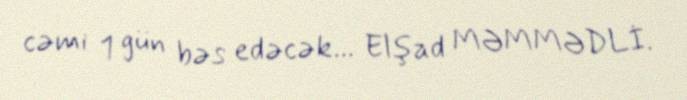
cəmi 1 gün bəs edəcək... Elşad MƏMMƏDLİ.